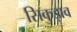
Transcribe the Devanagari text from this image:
सिकुड़ाव